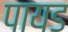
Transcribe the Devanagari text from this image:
पायड